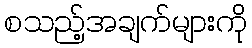
စသည့်အချက်များကို